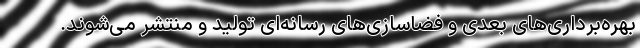
بهره‌برداری‌های بعدی و فضاسازی‌های رسانه‌ای تولید و منتشر می‌شوند.